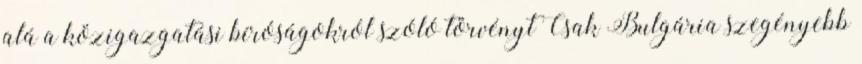
alá a közigazgatási bíróságokról szóló törvényt Csak Bulgária szegényebb